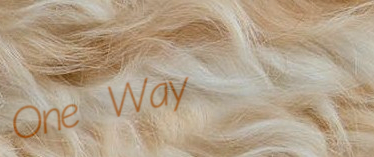
One Way